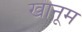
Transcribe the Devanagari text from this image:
खानूम